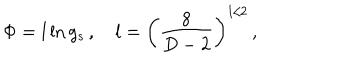
LaTeX: \Phi = l \ln g _ { s } \, , \quad l = \left( \frac { 8 } { D - 2 } \right) ^ { 1 / 2 } \, ,